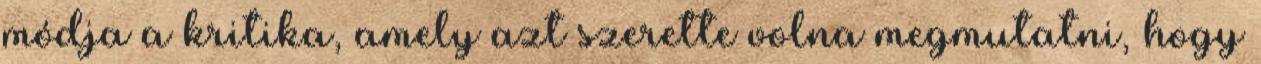
módja a kritika, amely azt szerette volna megmutatni, hogy